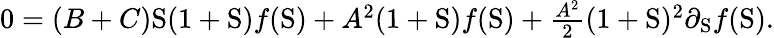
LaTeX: \begin{array}{r}{0=(B+C)\mathrm{S}(1+\mathrm{S})f(\mathrm{S})+A^{2}(1+\mathrm{S})f(\mathrm{S})+\frac{A^{2}}{2}(1+\mathrm{S})^{2}\partial_{\mathrm{S}}f(\mathrm{S}).}\end{array}